Annual report on the health of the army in India
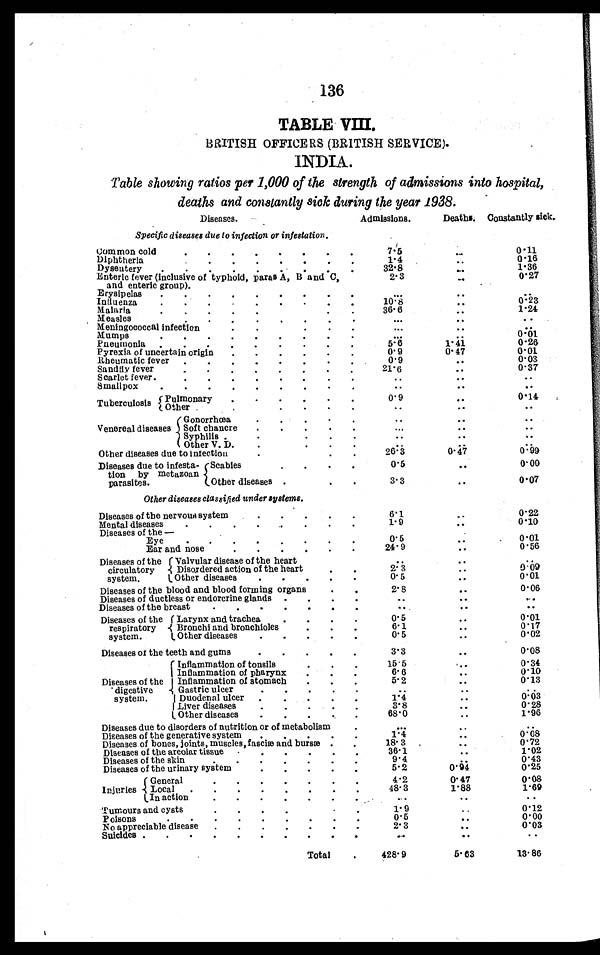
136
TABLE VIII.
BRITISH OFFICERS (BRITISH SERVICE).
INDIA.
Table showing ratios per 1,000 of the strength of admissions into hospital,
deaths and constantly sick during the year 1938.
Diseases.
Admissions.
Deaths. Constantly sick.
Specific diseases due to infection or infestation.
Common cold . . .
7.5
. . . 0.11
Diphtheria . . .
1 . 4
. . .
0 . 1 6
Dysentery . . .
32.8
. . . 1.36
Enteric fever (inclusive of typhoid, pares A, B and C,
and enteric group) . . .
2 . 3
. . . 0.27
Erysipelas . . .
. . .
. . .
. . .
Intluenza . . .
10.8
. . . 0.23
Malaria . . .
3 6 . 6
. . . 1.24
Measles . . .
. . .
. . .
. . .
Meningococcal infection . . .
. . .
. . .
. . .
Mumps . . .
. . .
. . . 0.01
Pneumonia . . .
5.6
1.41
0.26
Pyrexia of uncertain origin . . .
0 .
0 . 9
0.47
0 . 0 1
Rheumatic fever
. . .
0 . 9
. . . 0.03
Sandfly fever . . .
21.6
. . . 0.37
Scarlet fever . . .
. . .
. . .
. . .
Smallpox . . .
. . .
. . .
. . .
Tuberculosis P u l m o n a r y . . .
0 . 9
. . . 0.14
Other . . .
. . .
. . .
. . .
Venereal diseases
Gonorrhæa . . .
. . .
. . .
. . .
Soft ch
ancre . . .
. . .
. . .
. . .
Syphilis . . .
. . .
. . .
. . .
Other V. D. . . .
. . .
. . .
. . .
Other diseases due to infection . . .
26.3
0.47
0 . 9 9
Diseases due to infes
ta-tion by metazoan
parasites.
Scabies . . .
0.5
. . . 0.00
O t h e r d i s e a s e s . . .
3.3
. . .
0.07
Other diseases classified under systems.
Diseases of the nervous system . . .
6.1
. . . 0.22
Mental diseases . . .
1 . 9
. . . 0 . 1 0
Diseases of the—
Eye
.
.
.
0 . 5
. . . 0.01
Ear and nose . . .
24.9
. . . 0.56
Diseases of the
circulatory
system.
Valvular disease of the heart . . .
. . .
. . .
. . .
Disordered action of the heart . . .
2 . 3
. . . 0.09
Other diseases . . .
0.5
. . . 001
Diseases of the blood and blood forming organs . . .
2.8
. . . 0.06
Diseases of ductless or endorcrine glands . . .
. . .
. . .
. . .
Diseases of the breast . . .
. . . . . .
. . .
Diseases of the
respiratory
system.
( Larynx and trachea . . .
0 . 5
. . .
0 . 0 1
Bronchi and bronchioles . . .
6.1
. . . 0.17
Other diseases . . .
0.5
. . . 0.02
Diseases of the teeth and gums . . .
3.3
. . . 0.08
Diseases of the
digestive
system.
Inflammation of tonsil . . .
15.5
. . .
0.34
I n f l a m m a t i o n o f p h a r y n x . . .
6 . 6
. . . 0.10
Inflammation of stomach . . .
5.2
. . . 0.13
Gastric ulcer . . .
. . .
. . .
. . .
Duodenal ulcer . . .
1.4
. . . 0.03
Liver diseases . . .
3 . 8
. . . 0.28
Other diseases . . .
68. 0
. . .
1.96
Diseases due to disorders of nutrition or of metabolism . . .
. . .
. . .
. . .
Diseases of the generative system . . .
1.4
. . . 0. 08
Diseases of bones, joints, muscles, fasciæ and bursæ . . .
18.3
. . . 0.72
Diseases of the areolar tissue . . .
36. 1
. . . 1.02
Diseases of the skin . . .
9. 4
. . .
0.43
Diseases of the urinary system . . .
5. 2
0.94
0.25
Injuries
General . . .
4.2
0.47
0.08
Local . . .
48.3
1.88
1. 69
In action . . .
. . .
. . .
. . .
Tumours and cysts . . .
1.9
. . . 0.12
Poisons . . .
0.5
. . . 0.00
N o appreciable disease . . .
2. 3
. . . 0.03
Suicides . . .
. . .
. . .
. . .
Total . . .
428.9
5.63
13.86